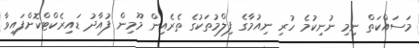
މަސައްކަތް ނިމި ނުނިކުމެ ހުރި ނިއުމާގެ ފިލްމުތަކުގެ ތެރެއިން މޫމިން ފުއާދު ޑައިރެކްޓްކޮށްފައިވާ